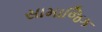
સામાજિક